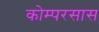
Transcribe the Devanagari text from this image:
कोम्परसास